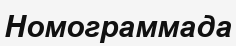
Номограммада